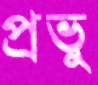
প্রভু